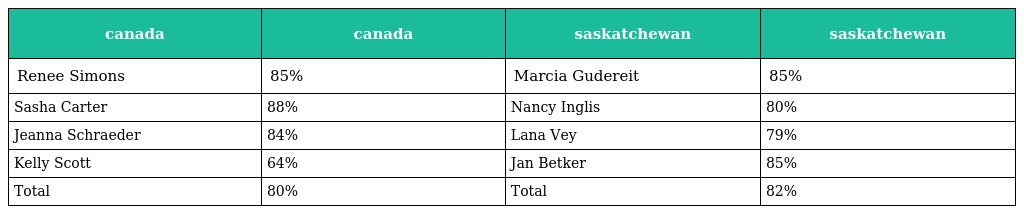
| canada | canada | saskatchewan | saskatchewan |
 | --- | --- | --- | --- |
 | Renee Simons | 85% | Marcia Gudereit | 85% |
 | Sasha Carter | 88% | Nancy Inglis | 80% |
 | Jeanna Schraeder | 84% | Lana Vey | 79% |
 | Kelly Scott | 64% | Jan Betker | 85% |
 | Total | 80% | Total | 82% |